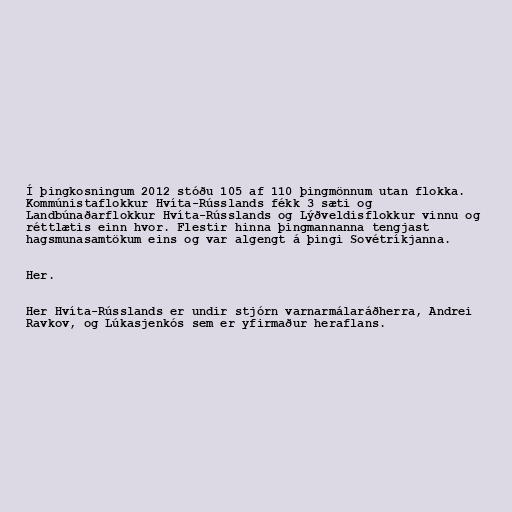
Í þingkosningum 2012 stóðu 105 af 110 þingmönnum utan flokka.
Kommúnistaflokkur Hvíta-Rússlands fékk 3 sæti og
Landbúnaðarflokkur Hvíta-Rússlands og Lýðveldisflokkur vinnu og
réttlætis einn hvor. Flestir hinna þingmannanna tengjast
hagsmunasamtökum eins og var algengt á þingi Sovétríkjanna.

Her.

Her Hvíta-Rússlands er undir stjórn varnarmálaráðherra, Andrei
Ravkov, og Lúkasjenkós sem er yfirmaður heraflans.